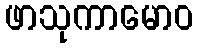
ဖာသုကာမောဝ